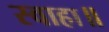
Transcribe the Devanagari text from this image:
स्वाहा॥